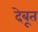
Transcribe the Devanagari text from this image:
देबूत